Lunatic asylums Punjab 1881-1894 - 1881-1894
Year: 1881
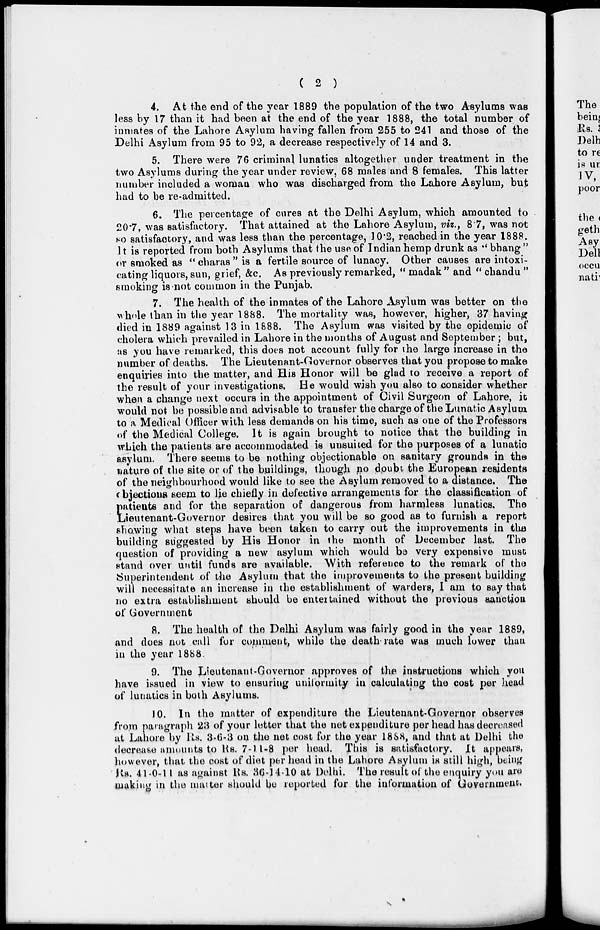
( 2 )
4. At the end of the year 1889 the population of the two Asylums was
less by 17 than it had been at the end of the year 1888, the total number of
inmates of the Lahore Asylum having fallen from 255 to 241 and those of the
Delhi Asylum from 95 to 92, a decrease respectively of 14 and 3.
5. There were 76 criminal, lunatics altogether under treatment in the
two Asylums during the year under review, 68 males and 8 females. This latter
number included a woman who was discharged from the Lahore Asylum, but
had to be re-admitted.
6. The percentage of cures at the Delhi Asylum, which amounted to
20.7, was satisfactory. That attained at the Lahore Asylum, viz., 8.7, was not
so satisfactory, and was less than the percentage, 10.2, reached in the year 1888.
It is reported from both Asylums that the use of Indian hemp drunk as " bhang "
or smoked as "charas" is a fertile source of lunacy. Other causes are intoxi-
cating liquors, sun, grief, &c. As previously remarked, " madak " and " chandu "
smoking is not common in the Punjab.
7. The health of the inmates of the Lahore Asylum was better on the
whole than in the year 1888. The mortality was, however, higher, 37 having
died in 1889 against 13 in 1888. The Asylum was visited by the epidemic of
cholera which prevailed in Lahore in the months of August and September; but,
as you have remarked, this does not account fully for the large increase in the
number of deaths. The Lieutenant-Governor observes that you propose to make
enquiries into the matter, and His Honor will be glad to receive a report of
the result of your investigations. He would wish you also to consider whether
when a change next occurs in the appointment of Civil Surgeon of Lahore, it
would not be possible and advisable to transfer the charge of the Lunatic Asylum
to a Medical Officer with less demands on his time, such as one of the Professors
of the Medical College. It is again brought to notice that the building in
which the patients are accommodated is unsuited for the purposes of a lunatic
asylum. There seems to be nothing objectionable on sanitary grounds in the
nature of the site or of the buildings, though no doubt the European residents
of the neighbourhood would like to see the Asylum removed to a distance. The
objections seem to lie chiefly in defective arrangements for the classification of
p atients and for the separation of dangerous from harmless lunatics. The
Lieutenant-Governor desires that you will be so good as to furnish a report
showing what steps have been taken to carry out the improvements in the
building suggested by His Honor in the month of December last. The
question of providing a new asylum which would be very expensive must
stand over until funds are available. With reference to the remark of the
Superintendent of the Asylum that the improvements to the present building
will necessitate an increase in the establishment of warders, I am to say that
no extra establishment should be entertained without the previous sanction
of Government
8. The health of the Delhi Asylum was fairly good in the year 1889,
and does not call for comment, while the death rate was much lower than
in the year 1888.
9. The Lieutenant-Governor approves of the instructions which you
have issued in view to ensuring uniformity in calculating the cost per head
of lunatics in both Asylums.
10. In the matter of expenditure the Lieutenant-Governor observes
from paragraph 23 of your letter that the net expenditure per head has decreased
at Lahore by Rs. 3-6-3 on the net cost for the year 1888, and that at Delhi the
decrease amounts to Rs. 7-11-8 per head. This is satisfactory. It appears,
however, that the cost of diet per head in the Lahore Asylum is still high, being
Rs. 41-0-11 as against Rs. 36-14-10 at Delhi. The result of the enquiry you are
making in the matter should be reported for the information of Government.